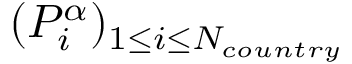
( P _ { i } ^ { \alpha } ) _ { 1 \leq i \leq N _ { c o u n t r y } }